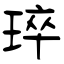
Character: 琗